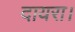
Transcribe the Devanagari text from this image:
दायरा।